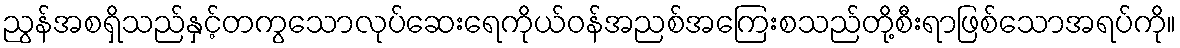
ညွန်အစရှိသည်နှင့်တကွသောလုပ်ဆေးရေကိုယ်ဝန်အညစ်အကြေးစသည်တို့စီးရာဖြစ်သောအရပ်ကို။